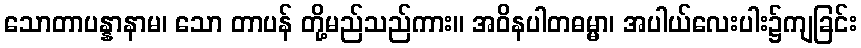
သောတာပန္နာနာမ၊ သော တာပန် တို့မည်သည်ကား။ အဝိနပါတဓမ္မာ၊ အပါယ်လေးပါး၌ကျခြင်း